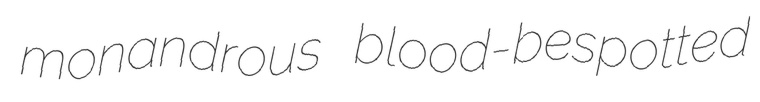
monandrous blood-bespotted